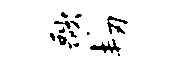
歌韧